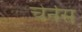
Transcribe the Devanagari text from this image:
चेर्नस